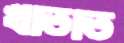
খাতাত